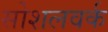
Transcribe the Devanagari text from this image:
सोशलवर्क